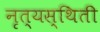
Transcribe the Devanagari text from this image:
नृत्यस्थिती